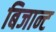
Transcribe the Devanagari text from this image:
बिजान्ट